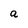
Character: a